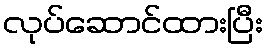
လုပ်ဆောင်ထားပြီး